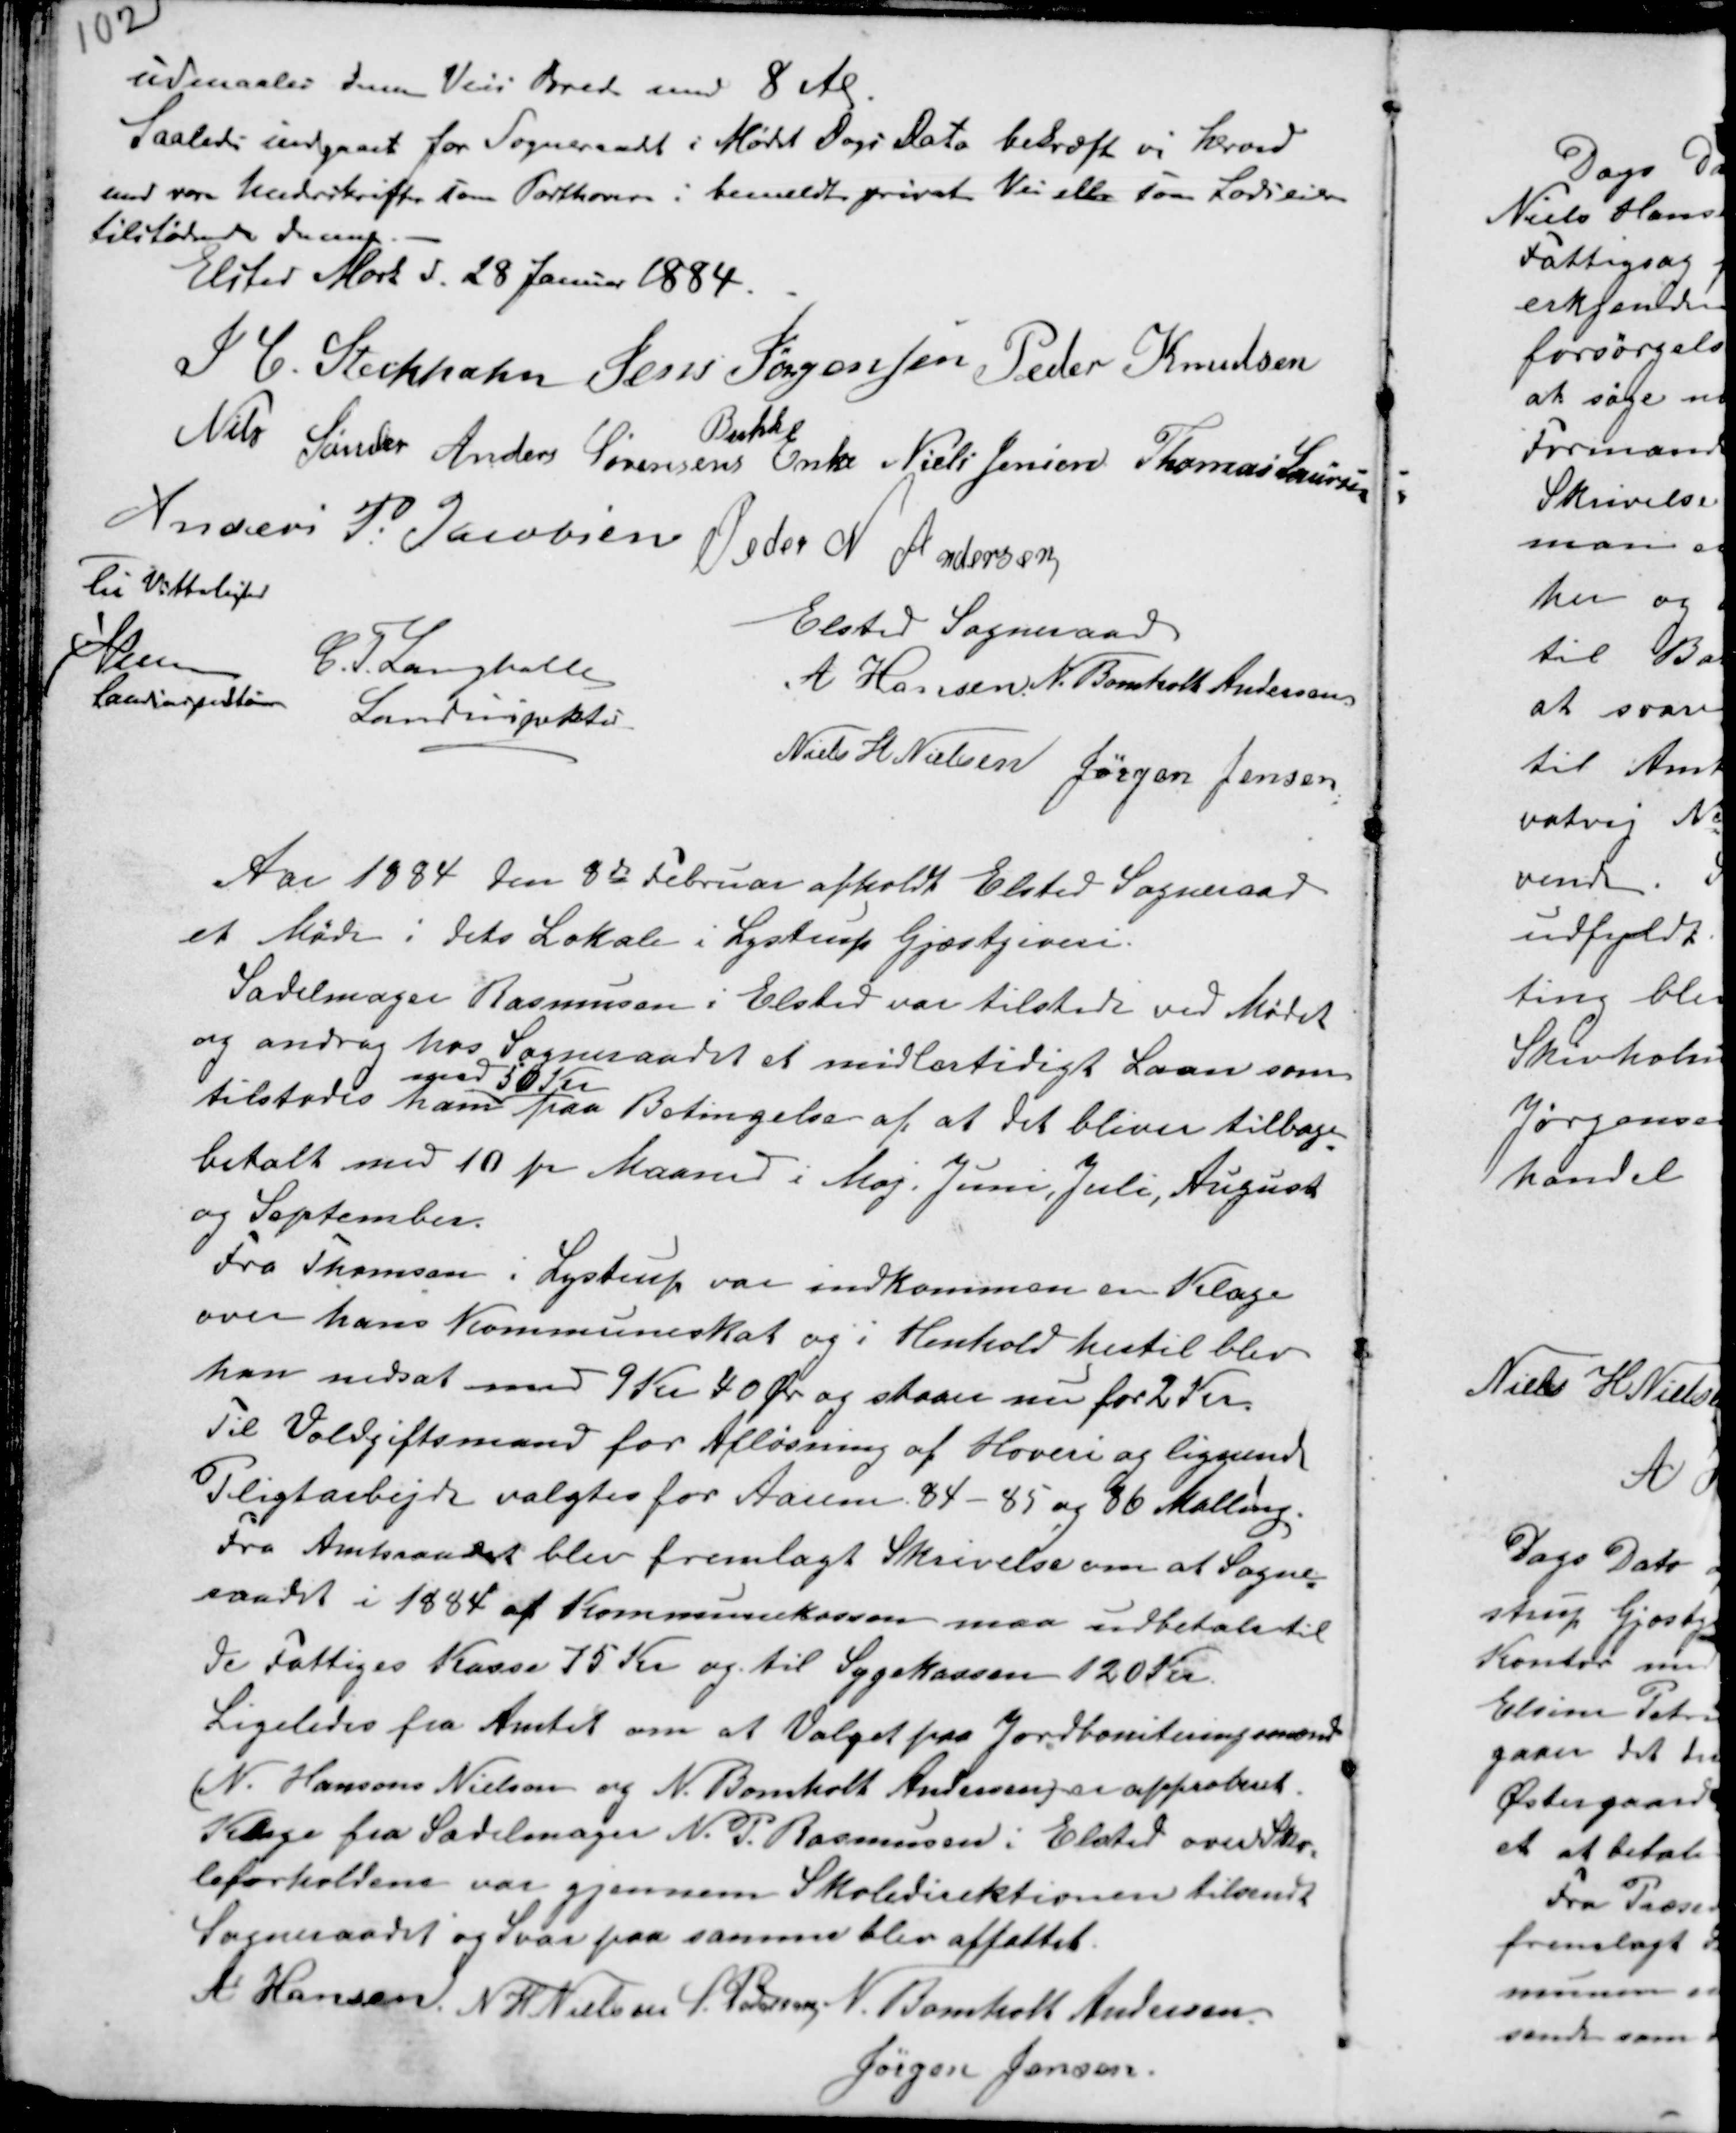
Transskription:
udmaales denne Veis Brede som 8 Al.
Saaledes indgaaet for Sogneraadet i Mødet Dags Dato bekræfter vi herved
med vore Underskrifter som Parthavere i bemeldte private Vei eller som Lodseiere
tilstødende denne. -
Elsted Mark d. 28 Januar 1884.
I C. Steckhahn Jens Jørgensen Peder Knudsen
Nils Sønder Anders Sørensens
Buhk
Niels Jensen Thomas Laursen
Anders P. Jacobsen Peder N Andersen

Til Vitterlighed
Pedersen
Landinspektør
C. T. Langballe
Landinspektør

Elsted Sogneraad
A Hansen. N. Bomholt Andersen.
Niels H Nielsen
Jørgen Jensen

Aar 1884 den 8de Februar afholdt Elsted Sogneraad
et Møde i dets Lokale i Lystrup Gjæstgiveri.
Sadelmager Rasmussen i Elsted var tilstede ved Mødet
og androg hos Sogneraadet et midlertidigt Laan som
tilstodes ham
med 50 Kr
paa Betingelse af at det bliver tilbage-
betalt med 10 pr Maaned i Maj, Juni, Juli, August
og September.
Fra Thomsen i Lystrup var indkommen en Klage
over hans Kommuneskat og i Henhold hertil blev
han nedsat med 9 Kr 40 Ør og staaer nu for 2 Kr.
Til Voldgiftsmand for Afløsning af Hoveri og lignende
Pligtarbejde valgtes for Aarene 84 - 85 og 86 Malling.
Fra Amtsraadet blev fremlagt Skrivelse om at Sogne-
raadet i 1884 af Kommunekassen maa udbetale til
De Fattiges Kasse 75 Kr og til Sygekassen 120 Kr.
Ligeledes fra Amtet om at Valget paa Jordboniteringsmænd
(N. Hansen Nielsen og N. Bomholt Andersen) er approberet.
Klage fra Sadelmager N. P. Rasmussen i Elsted over Sko-
leforholdene var gjennem Skoledirektionen tilsendt
Sogneraadet og Svar paa samme blev affattet.
A Hansen. N H Nielsen S. Pedersen N. Bomholt Andersen.
Jørgen Jensen.